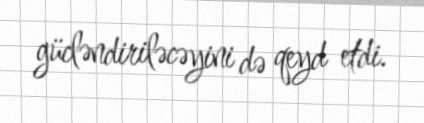
gücləndiriləcəyini də qeyd etdi.